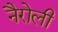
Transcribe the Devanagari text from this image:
नैरोली